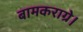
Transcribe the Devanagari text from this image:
बामकराग्रे।